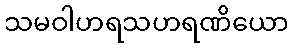
သမဝါဟရသဟရဏိယော